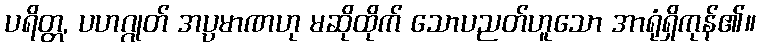
ပရိတ္တ, ပဟဂ္ဂုတ် အပ္ပမာဏဟု မဆိုထိုက် သောပညတ်ဟူသော အာရုံရှိကုန်၏။